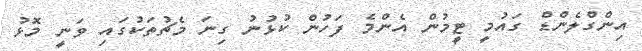
އިންގްލެންޑް ގައުމީ ޓީމުން އެންމެ ފަހުން ކުޅުނު ގިނަ މެޗުތަކުގައި ވަނީ މޮޅު